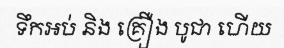
ទឹកអប់ និង គ្រឿង បូជា ហើយ